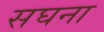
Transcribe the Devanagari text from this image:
सघना